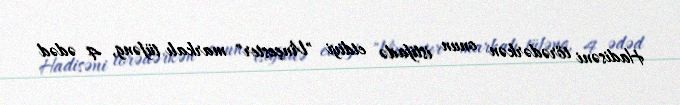
Hadisəni törədərkən onun istifadə etdiyi "Vinçester" markalı tüfəng, 4 ədəd